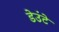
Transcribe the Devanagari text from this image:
डेउंटे